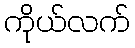
ကိုယ်လက်